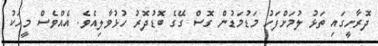
ދޮރާށީގައި ތަޅު ލުމަށްފަހު މަޑުމަޑުން ގޮސް ގޭގެ ބޮޑުދޮރު ހުޅުވާލިއެވެ. އެއްވެސް މީހަކު